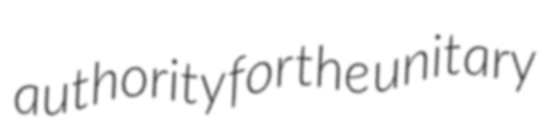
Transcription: authority for the unitary